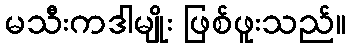
မသီးကဒါမျိုး ဖြစ်ဖူးသည်။